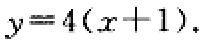
\(y = 4(x + 1)\)